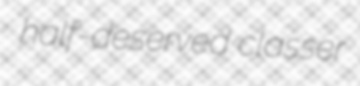
half-deserved classer